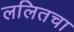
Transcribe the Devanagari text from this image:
ललितचा